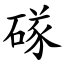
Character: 䃍